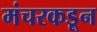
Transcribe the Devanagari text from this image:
मंचरकडून